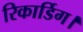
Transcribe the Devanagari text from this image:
रिकार्डिग।